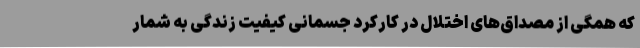
که همگی از مصداق‌های اختلال در کارکرد جسمانی کیفیت زندگی به شمار